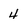
Character: 4